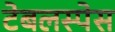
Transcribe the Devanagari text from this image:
टेबलस्पेस